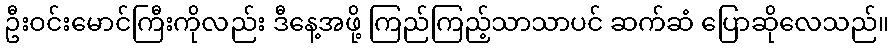
ဦးဝင်းမောင်ကြီးကိုလည်း ဒီနေ့အဖို့ ကြည်ကြည့်သာသာပင် ဆက်ဆံ ပြောဆိုလေသည်။